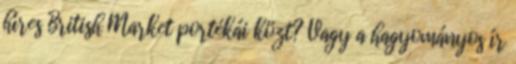
híres British Market portékái közt? Vagy a hagyományos ír